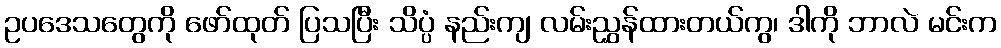
ဥပဒေသတွေကို ဖော်ထုတ် ပြသပြီး သိပ္ပံ နည်းကျ လမ်းညွှန်ထားတယ်ကွ၊ ဒါကို ဘာလဲ မင်းက